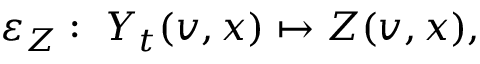
\varepsilon _ { Z } : \ Y _ { t } ( v , x ) \mapsto Z ( v , x ) ,